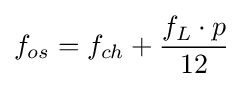
f_{os}=f_{ch}+{\frac {f_{L}\cdot p}{12}}